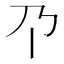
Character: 𫡄